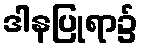
ဒါနပြုရာ၌